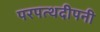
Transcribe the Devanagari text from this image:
परपत्थदीपनी